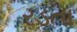
રડતા